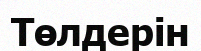
Төлдерін